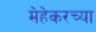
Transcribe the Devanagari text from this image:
मेहेकरच्या